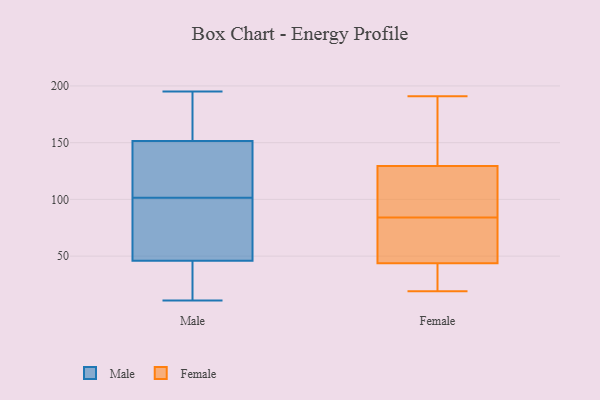
{"axis": {"x": "Energy Usage (MWh)", "y": "Value"}, "legend": ["Female", "Male"], "data": [{"x": "", "y": 96, "type": "Male"}, {"x": "", "y": 48, "type": "Male"}, {"x": "", "y": 11, "type": "Male"}, {"x": "", "y": 43, "type": "Male"}, {"x": "", "y": 134, "type": "Male"}, {"x": "", "y": 44, "type": "Male"}, {"x": "", "y": 158, "type": "Male"}, {"x": "", "y": 148, "type": "Male"}, {"x": "", "y": 107, "type": "Male"}, {"x": "", "y": 155, "type": "Male"}, {"x": "", "y": 195, "type": "Male"}, {"x": "", "y": 139, "type": "Male"}, {"x": "", "y": 82, "type": "Male"}, {"x": "", "y": 80, "type": "Male"}, {"x": "", "y": 189, "type": "Male"}, {"x": "", "y": 15, "type": "Male"}, {"x": "", "y": 160, "type": "Female"}, {"x": "", "y": 79, "type": "Female"}, {"x": "", "y": 84, "type": "Female"}, {"x": "", "y": 19, "type": "Female"}, {"x": "", "y": 126, "type": "Female"}, {"x": "", "y": 49, "type": "Female"}, {"x": "", "y": 76, "type": "Female"}, {"x": "", "y": 34, "type": "Female"}, {"x": "", "y": 179, "type": "Female"}, {"x": "", "y": 128, "type": "Female"}, {"x": "", "y": 191, "type": "Female"}, {"x": "", "y": 32, "type": "Female"}, {"x": "", "y": 42, "type": "Female"}, {"x": "", "y": 130, "type": "Female"}, {"x": "", "y": 111, "type": "Female"}]}